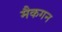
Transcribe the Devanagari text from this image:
मैकगन